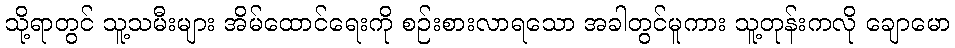
သို့ရာတွင် သူ့သမီးများ အိမ်ထောင်ရေးကို စဉ်းစားလာရသော အခါတွင်မူကား သူ့တုန်းကလို ချောမော